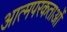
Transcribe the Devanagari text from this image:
आत्मपरकताओं